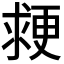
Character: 𭱉